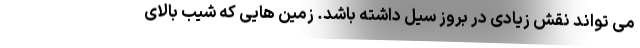
می تواند نقش زیادی در بروز سیل داشته باشد. زمین هایی که شیب بالای